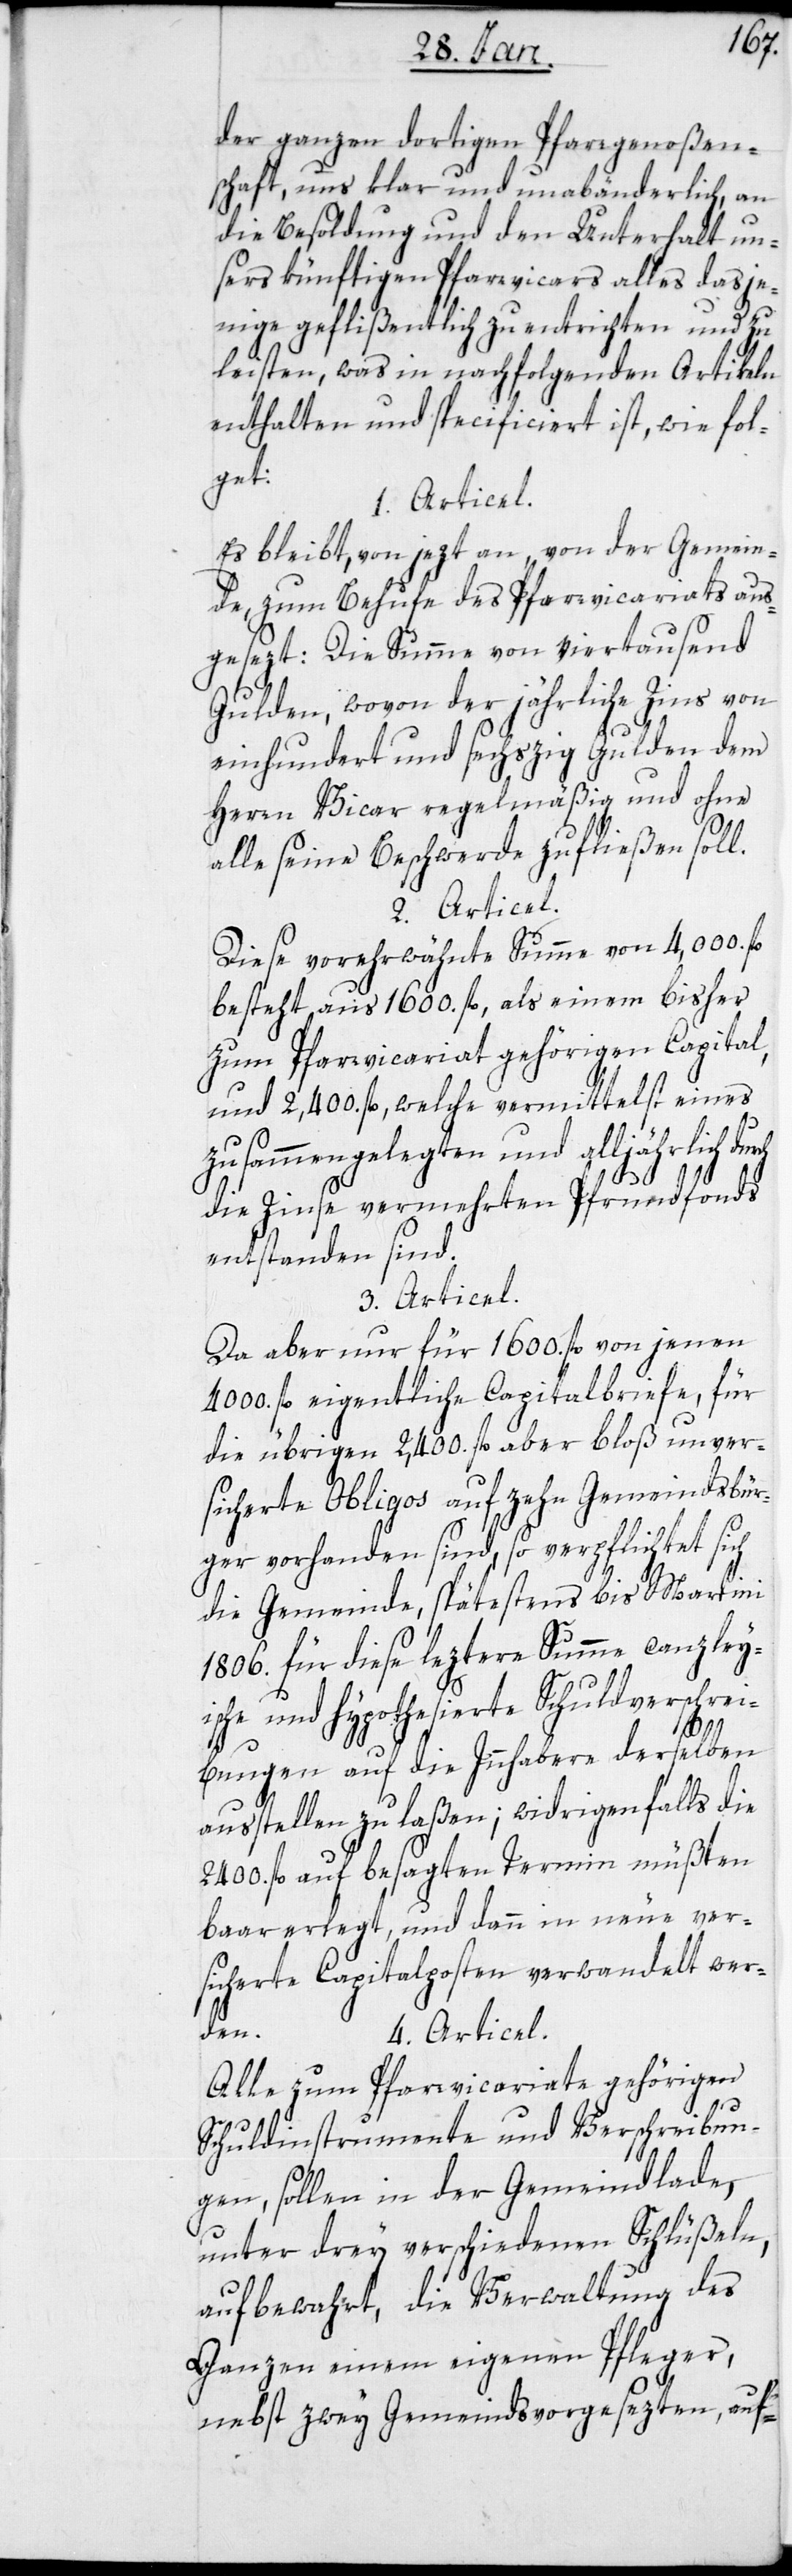
der ganzen dortigen Pfarrgenoßen¬
schaft, uns klar und unabänderlich, an
die Besoldung und den Unterhalt un¬
sers künftigen Pfarrvicars alles dasje¬
nige geflißentlich zu entrichten und zu
leisten, was in nachfolgenden Artikeln
enthalten und specificiert ist, wie fol¬
get:
1. Articel.
Es bleibt, von jezt an, von der Gemein¬
de, zum Behufe des Pfarrvicariats aus¬
gesezt: Die Summe von viertausend
Gulden, wovon der jährliche Zins von
einhundert und sechzig Gulden dem
Herrn Vicar regelmäßig und ohne
alle seine Beschwerde zufließen soll.
2. Articel.
Diese vorerwähnte Summe von 4,000. fl.
besteht aus 1600. fl., als einem bisher
zum Pfarrvicariat gehörigen Capital,
und 2,400 fl., welche vermittelst eines
zusammengelegten und alljährlich durch
die Zinse vermehrten Pfrundfonds
entstanden sind.
3. Articel.
Da aber nur für 1600. fl. von jenen
4000. fl. eigentliche Capitalbriefe, für
die übrigen 2400 fl. aber bloß unver¬
sicherte Obligos auf zehn Gemeindsbür¬
ger vorhanden sind, so verpflichtet sich
die Gemeinde, spätestens bis Martini
1806. für diese leztere Summe canzley¬
ische und hypothesierte Schuldverschrei¬
bungen auf die Innhabere derselben
ausstellen zu laßen; widrigenfalls die
2400. fl. auf besagten Termin müßten
baar erlegt, und dann in neue ver¬
sicherte Capitalposten verwandelt wer¬
den.
4. Articel.
Alle zum Pfarrvicariate gehörigen
Schuldinstrumente und Verschreibun¬
gen, sollen in der Gemeindlade,
unter drey verschiedenen Schlüßeln,
aufbewahrt, die Verwaltung des
Ganzen einem eigenen Pfleger,
nebst zwey Gemeindsvorgesezten, auf-